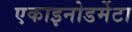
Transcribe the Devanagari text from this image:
एकाइनोडर्मेटा